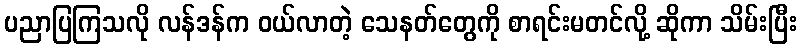
ပညာပြကြသလို လန်ဒန်က ဝယ်လာတဲ့ သေနတ်တွေကို စာရင်းမတင်လို့ ဆိုကာ သိမ်းပြီး